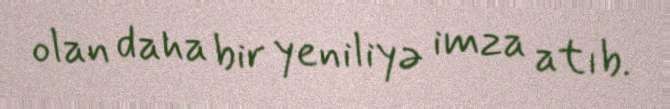
olan daha bir yeniliyə imza atıb.